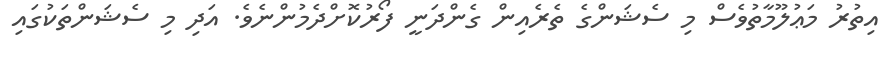
އިތުރު މަޢުލޫމާތުވެސް މި ސެޝަންގެ ތެރެއިން ގެންދަނީ ފޯރުކޮށްދެމުންނެވެ. އަދި މި ސެޝަންތަކުގައި